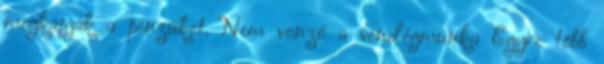
megkapják a pénzüket. Nem vonzó a vendégmunka Egyre több